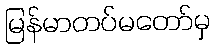
မြန်မာတပ်မတော်မှ